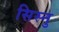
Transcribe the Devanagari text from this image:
सिस्नु